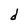
Character: d